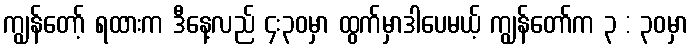
ကျွန်တော့် ရထားက ဒီနေ့လည် ၄း၃၀မှာ ထွက်မှာဒါပေမယ့် ကျွန်တော်က ၃ : ၃၀မှာ